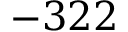
- 3 2 2